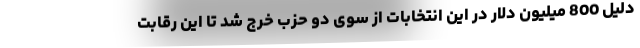
دلیل 800 میلیون دلار در این انتخابات از سوی دو حزب خرج شد تا این رقابت